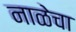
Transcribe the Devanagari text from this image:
नाळेचा